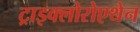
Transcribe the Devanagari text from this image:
ट्राइक्लोरोएथेन